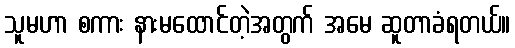
သူမဟာ စကား နားမထောင်တဲ့အတွက် အမေ ဆူတာခံရတယ်။